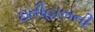
ઇતીહાસની